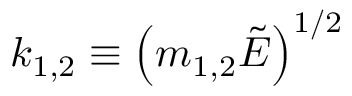
k _ { 1 , 2 } \equiv { \left( m _ { 1 , 2 } \tilde { E } \right) } ^ { 1 / 2 }